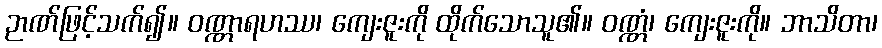
ဉာဏ်ဖြင့်သက်၍။ ဝဏ္ဏာရဟဿ၊ ကျေးဇူးကို ထိုက်သောသူ၏။ ဝဏ္ဏံ၊ ကျေးဇူးကို။ ဘာသိတာ၊